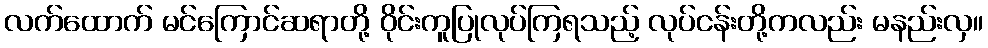
လက်ထောက် မင်ကြောင်ဆရာတို့ ဝိုင်းကူပြုလုပ်ကြရသည့် လုပ်ငန်းတို့ကလည်း မနည်းလှ။